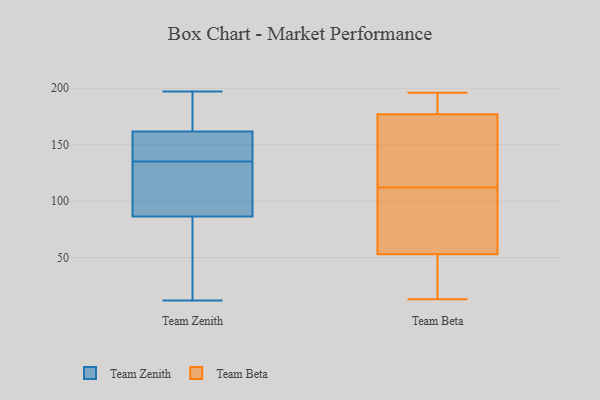
{"axis": {"x": "Conversion Rate (%)", "y": "Value"}, "legend": ["Team Beta", "Team Zenith"], "data": [{"x": "", "y": 109, "type": "Team Zenith"}, {"x": "", "y": 191, "type": "Team Zenith"}, {"x": "", "y": 119, "type": "Team Zenith"}, {"x": "", "y": 101, "type": "Team Zenith"}, {"x": "", "y": 197, "type": "Team Zenith"}, {"x": "", "y": 147, "type": "Team Zenith"}, {"x": "", "y": 12, "type": "Team Zenith"}, {"x": "", "y": 22, "type": "Team Zenith"}, {"x": "", "y": 154, "type": "Team Zenith"}, {"x": "", "y": 135, "type": "Team Zenith"}, {"x": "", "y": 185, "type": "Team Zenith"}, {"x": "", "y": 143, "type": "Team Zenith"}, {"x": "", "y": 42, "type": "Team Zenith"}, {"x": "", "y": 112, "type": "Team Beta"}, {"x": "", "y": 196, "type": "Team Beta"}, {"x": "", "y": 49, "type": "Team Beta"}, {"x": "", "y": 83, "type": "Team Beta"}, {"x": "", "y": 138, "type": "Team Beta"}, {"x": "", "y": 116, "type": "Team Beta"}, {"x": "", "y": 185, "type": "Team Beta"}, {"x": "", "y": 183, "type": "Team Beta"}, {"x": "", "y": 48, "type": "Team Beta"}, {"x": "", "y": 100, "type": "Team Beta"}, {"x": "", "y": 187, "type": "Team Beta"}, {"x": "", "y": 13, "type": "Team Beta"}, {"x": "", "y": 31, "type": "Team Beta"}, {"x": "", "y": 65, "type": "Team Beta"}, {"x": "", "y": 159, "type": "Team Beta"}]}